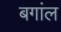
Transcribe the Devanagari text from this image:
बगांल